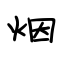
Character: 烟